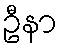
ဦနာ